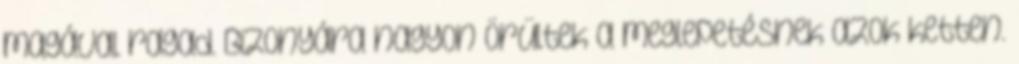
magával ragad. Bizonyára nagyon örültek a meglepetésnek azok ketten.